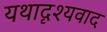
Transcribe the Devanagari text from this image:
यथादृश्यवाद